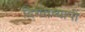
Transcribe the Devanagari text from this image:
दिगंतव्यापी